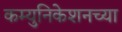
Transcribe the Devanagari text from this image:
कम्युनिकेशनच्या